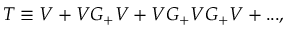
T \equiv V + V G _ { + } V + V G _ { + } V G _ { + } V + . . . ,